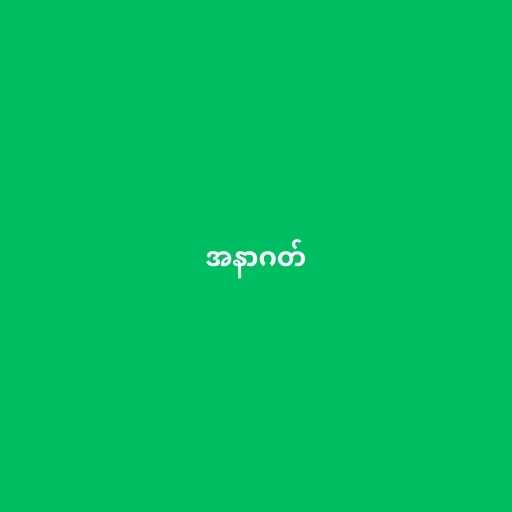
အနာဂတ်